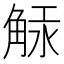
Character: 觨